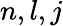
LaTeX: n,l,j